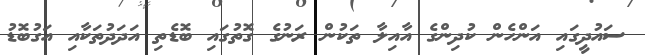
ސައުދީގައި އަންހެން ކުދިންގެ އާއިލާ ތަކުން ރަނުގެ ގޮތުގައި ބޮޑެތި އަދަދުތަކާއި އަގުބޮޑު